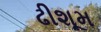
ઢીશૂમ